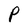
Character: P